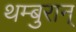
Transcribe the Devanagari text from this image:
थम्बुरान्